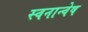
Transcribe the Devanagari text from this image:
स्वनान्वेष